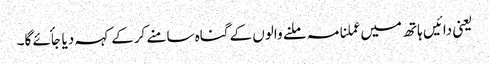
یعنی دائیں ہاتھ میں عملنامہ ملنے والوں کے گناہ سامنے کرکے کہہ دیا جأئے گا۔